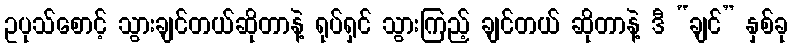
ဥပုသ်စောင့် သွားချင်တယ်ဆိုတာနဲ့ ရုပ်ရှင် သွားကြည့် ချင်တယ် ဆိုတာနဲ့ ဒီ “ချင်” နှစ်ခု